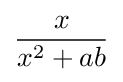
{\frac {x}{x^{2}+ab}}